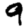
Digit: 9